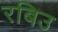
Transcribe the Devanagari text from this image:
रबिउ